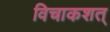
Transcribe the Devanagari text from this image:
विचाकशत्